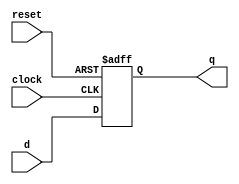
module Register(clock, reset, d, q);
	
	parameter N = 4;
	
	input clock, reset;
	input [N-1:0] d;
	output reg [N-1:0] q;
	
	always @ (posedge clock or posedge reset)
	begin
		if(reset == 1)
			q <= {N{1'b0}};
		else
			q <= d;
	end
	
endmodule